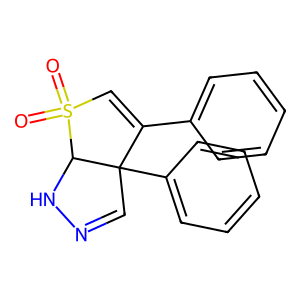
SMILES: O=S1(=O)C=C(c2ccccc2)C2(c3ccccc3)C=NNC21
Inhibits HIV replication: No